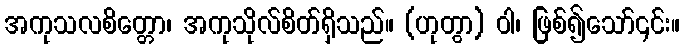
အကုသလစိတ္တော၊ အကုသိုလ်စိတ်ရှိသည်။ (ဟုတွာ) ဝါ၊ ဖြစ်၍သော်၎င်း။